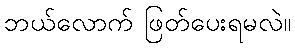
ဘယ်လောက် ဖြတ်ပေးရမလဲ။